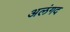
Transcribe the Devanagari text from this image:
अलंगद